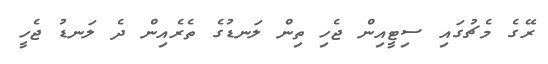
ރޭގެ މެޗުގައި ސިޓީއިން ޖެހި ތިން ލަނޑުގެ ތެރެއިން ދެ ލަނޑު ޖެހީ